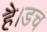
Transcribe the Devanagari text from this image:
है।डच